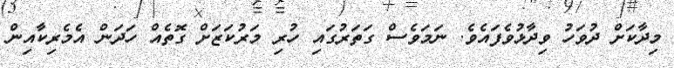
މިދާކަށް ދުވަހު ވިދާޅުވެފައެވެ. ނަމަވެސް ގަތަރުގައި ހުރި މަރުކަޒަށް ގޮތެއް ހަދަން އެމެރިކާއިން